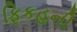
ફિકહની